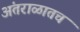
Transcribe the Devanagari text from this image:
अंतराळातच